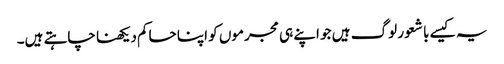
یہ کیسے با شعور لوگ ہیں جو اپنے ہی مجرموں کو اپنا حاکم دیکھنا چاہتے ہیں۔